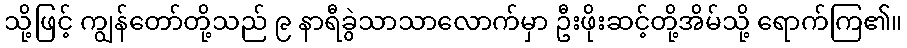
သို့ဖြင့် ကျွန်တော်တို့သည် ၉ နာရီခွဲသာသာလောက်မှာ ဦးဖိုးဆင့်တို့အိမ်သို့ ရောက်ကြ၏။